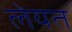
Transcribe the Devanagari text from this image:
लेयत